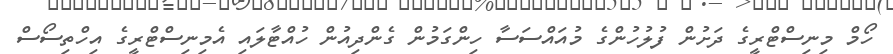
ހޯމް މިނިސްޓްރީގެ ދަށުން ފުލުހުންގެ މުއައްސަސާ ހިންގަމުން ގެންދިއުން ހުއްޓާލައި އެމިނިސްޓްރީގެ އިހްތިސޯސް